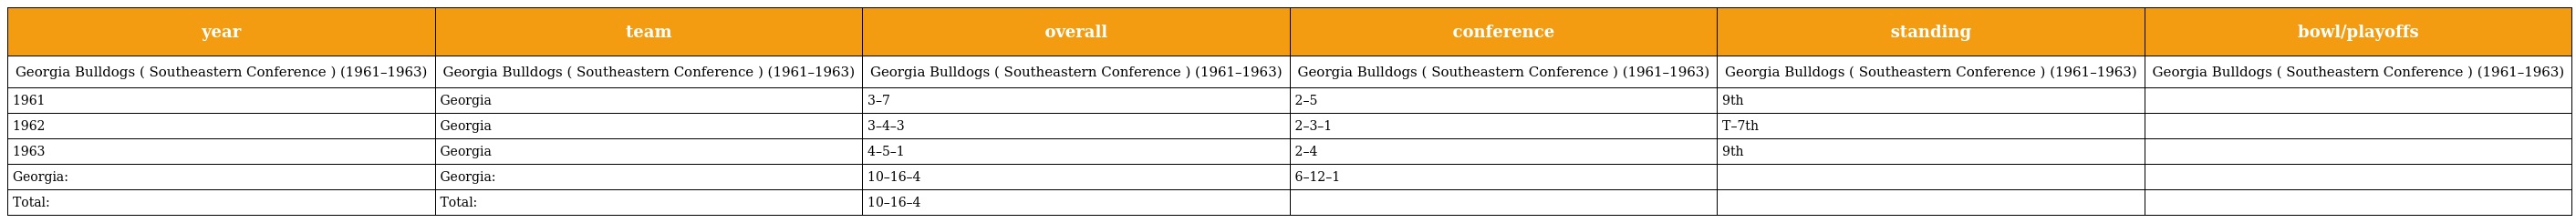
| year | team | overall | conference | standing | bowl/playoffs |
 | --- | --- | --- | --- | --- | --- |
 | Georgia Bulldogs ( Southeastern Conference ) (1961–1963) | Georgia Bulldogs ( Southeastern Conference ) (1961–1963) | Georgia Bulldogs ( Southeastern Conference ) (1961–1963) | Georgia Bulldogs ( Southeastern Conference ) (1961–1963) | Georgia Bulldogs ( Southeastern Conference ) (1961–1963) | Georgia Bulldogs ( Southeastern Conference ) (1961–1963) |
 | 1961 | Georgia | 3–7 | 2–5 | 9th |  |
 | 1962 | Georgia | 3–4–3 | 2–3–1 | T–7th |  |
 | 1963 | Georgia | 4–5–1 | 2–4 | 9th |  |
 | Georgia: | Georgia: | 10–16–4 | 6–12–1 |  |  |
 | Total: | Total: | 10–16–4 |  |  |  |